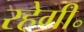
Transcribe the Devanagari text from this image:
रहेगी॰